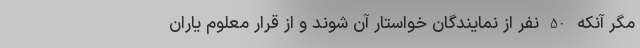
مگر آنکه 50 نفر از نمایندگان خواستار آن شوند و از قرار معلوم یاران